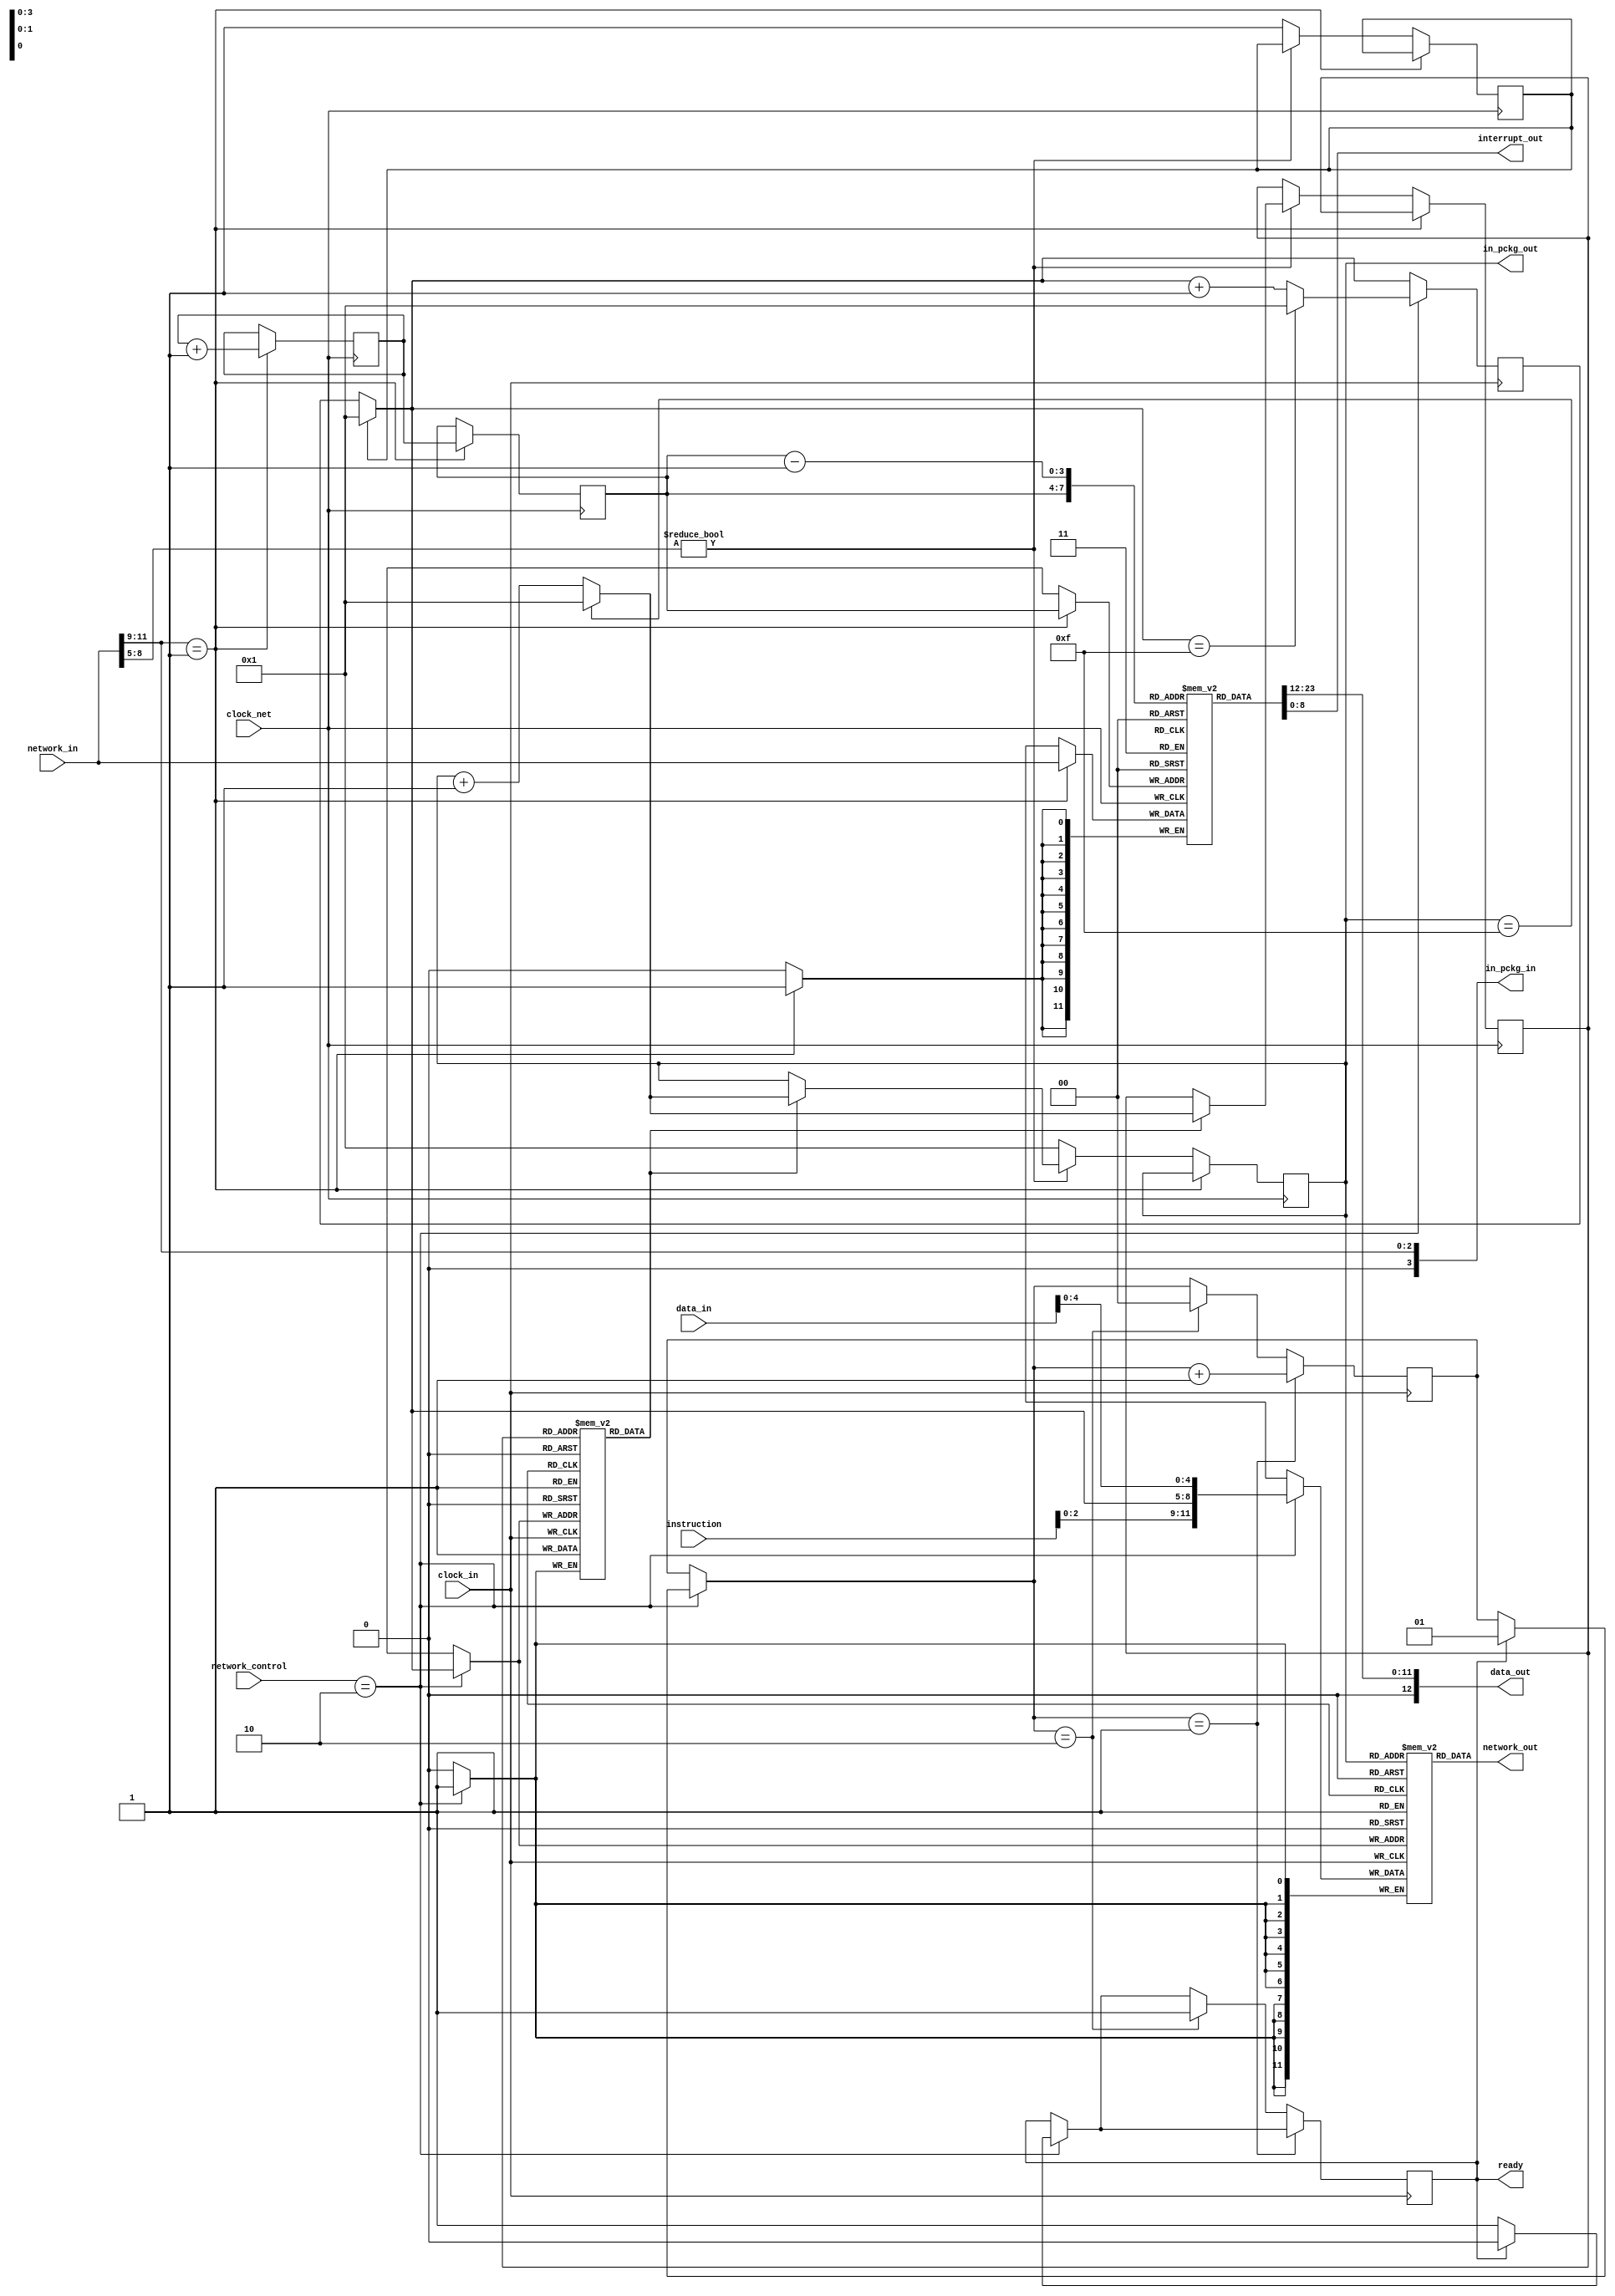
//----------------------------------------
// 	Memoria de dados
//----------------------------------------

module network_buffer

#( 
  parameter data_size = 32,
  parameter memory_size = 11
)

(
	data_in,
	network_in,
	network_out,
	clock_in,
	network_control,
	data_out,
	interrupt_out,
	instruction,
	in_pckg_in,
	in_pckg_out,
	clock_net,
	ready
);

input clock_in;
input clock_net;
output [3:0] in_pckg_out;
output [3:0] in_pckg_in;
input [31:0] instruction;
input [1:0] network_control;
input [12:0] data_in;
input [11:0] network_in;
output [11:0] network_out;
output [12:0] data_out;
output [8:0] interrupt_out;
output ready;
reg [8:0] interrupt;
reg [11:0] buffer_in[15:0];
reg [11:0] buffer_out[15:0];
reg status_in[15:0];
reg status_out[15:0];
reg [3:0] stack_in = 4'b0000;
reg [3:0] stack_out = 4'b0000;
reg [3:0] stack_out_next = 4'b0001;
reg [3:0] stack_out_control = 4'b0000;
reg [3:0] stack_out_control_next = 4'b0001;
reg [3:0] stack_in_control = 4'b0000;
reg [3:0] stack_in_next = 4'b0001;
reg [3:0] pckg_in = 4'b0000;
reg [3:0] pckg_in_next = 4'b0000;
reg regready = 0;
reg [1:0] counter = 2'b00;
reg reset = 0;
reg[4:0] instruction_reg;
reg [11:0] instruction_out;
initial
begin
	buffer_out[0] = 12'b000000000000;
	status_out[1] = 0;
	status_out[2] = 0;
	status_out[3] = 0;
	status_out[4] = 0;
	status_out[5] = 0;
	status_out[6] = 0;
	status_out[7] = 0;
	status_out[8] = 0;
	status_out[9] = 0;
	status_out[10] = 0;
	status_out[11] = 0;
	status_out[12] = 0;
	status_out[13] = 0;
	status_out[14] = 0;
	status_out[15] = 0;
	status_in[0] = 0;
	status_in[1] = 0;
	status_in[2] = 0;
	status_in[3] = 0;
	status_in[4] = 0;
	status_in[5] = 0;
	status_in[6] = 0;
	status_in[7] = 0;
	status_in[8] = 0;
	status_in[9] = 0;
	status_in[10] = 0;
	status_in[11] = 0;
	status_in[12] = 0;
	status_in[13] = 0;
	status_in[14] = 0;
	status_in[15] = 0;
	instruction_out = 12'b000000000000;
end

always @(posedge clock_in) begin
	instruction_reg = data_in[4:0];
	if(reset == 1) stack_out_next = 4'b0001;
	if (network_control == 2'b10) begin
		//if(status_out[stack_out_next] == 0) begin
			//buffer_out[stack_out] = {instruction[2:0], stack_out[3:0], data_in[4:0]};
			stack_out = stack_out_next;
			if(stack_out_next == 4'b1111) stack_out_next = 4'b0001;
			else stack_out_next = stack_out_next + 4'b0001;
			status_out[stack_out] = 1;
			buffer_out[stack_out] = {instruction, stack_out, instruction_reg}; 
			if(regready == 0) begin
				regready = 1;
			end
			else begin
				counter = 2'b01;
				regready = 0;
			end
		//end
	end
	if(counter == 2'b01) counter = counter + 2'b01;
	else if(counter == 2'b10) begin
		counter = 2'b00;
		regready = 1;
	end
	
end

always @(posedge clock_net) begin
	pckg_in_next = network_in[8:5];
	if(network_in[11:9] == 3'b001) begin
		buffer_in[stack_in] = network_in;
		stack_in = stack_in_next;
		stack_in_next = stack_in_next + 4'b0001;
	
	end
	else begin
		
		if((pckg_in_next != 4'b0000)) begin // & (status_out[pckg_in_next] == 1)) begin
			//if(status_in[stack_in_next] == 0) begin
				//stack_in = stack_in_next;
				//if(stack_in_next == 4'b1111) stack_in_next = 4'b0001;
				//else stack_in_next = stack_in_next + 4'b0001;
					
				//buffer_in[stack_in] = network_in;
				//status_in[stack_in] = 1;
				//stack_in = stack_in + 4'b0001;	
					
				//if(stack_out_control != 4'b0000) begin
					//if(status_out[stack_out_control] == 1) begin
						
						if(status_out[stack_out_control_next] == 1) begin
							if(stack_out_control == 4'b1111) stack_out_control_next = 4'b0001;
							else stack_out_control_next = stack_out_control + 4'b0001;
							stack_out_control = stack_out_control_next;
						end
						
						
						//else begin
							//stack_out_control = 4'b0000;
							//reset = 1;
						//end
					//end
				//end
			//end
		end
		else begin
			stack_out_control = 4'b0001;	
			reset = 1;
		end
	end
end


assign data_out = buffer_in[stack_in];
assign network_out = buffer_out[stack_out_control];
assign interrupt_out = buffer_in[stack_in-1];
assign in_pckg_in = network_in[11:9]; //pckg_in_next;
assign in_pckg_out = stack_out_control;
assign ready = regready;
endmodule